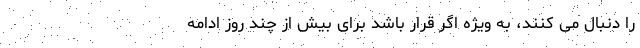
را دنبال می کنند، به ویژه اگر قرار باشد برای بیش از چند روز ادامه